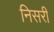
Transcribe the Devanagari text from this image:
निसरी